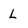
Character: L